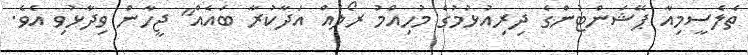
ތެލެސީމިއާ ޕޭޝަންޓުންގެ ދިރިއުޅުމުގެ މުހިއްމު ރޯލެއް އަދާކުރާ ބައެއް" ޖީހާން ވިދާޅުވި އެވެ.